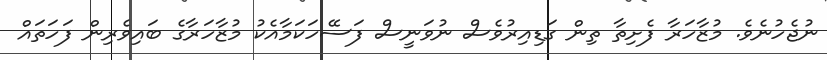
ނުޖެހުނެވެ. މުޒާހަރާ ފެށިތާ ތިން ގަޑިއިރުވެސް ނުވަނީސް ފަސޭހަކަމާއެކު މުޒާހަރާގެ ބައިވެރިން ފަހަތައް